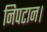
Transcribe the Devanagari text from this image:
निपटान।